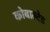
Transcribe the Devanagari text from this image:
कोबाल्टेड